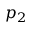
p _ { 2 }